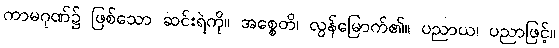
ကာမဂုဏ်၌ ဖြစ်သော ဆင်းရဲကို။ အစ္စေတိ၊ လွန်မြောက်၏။ ပညာယ၊ ပညာဖြင့်။